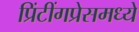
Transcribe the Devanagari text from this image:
प्रिंटींगप्रेसमध्ये